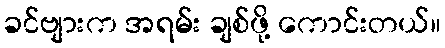
ခင်ဗျားက အရမ်း ချစ်ဖို့ ကောင်းတယ်။